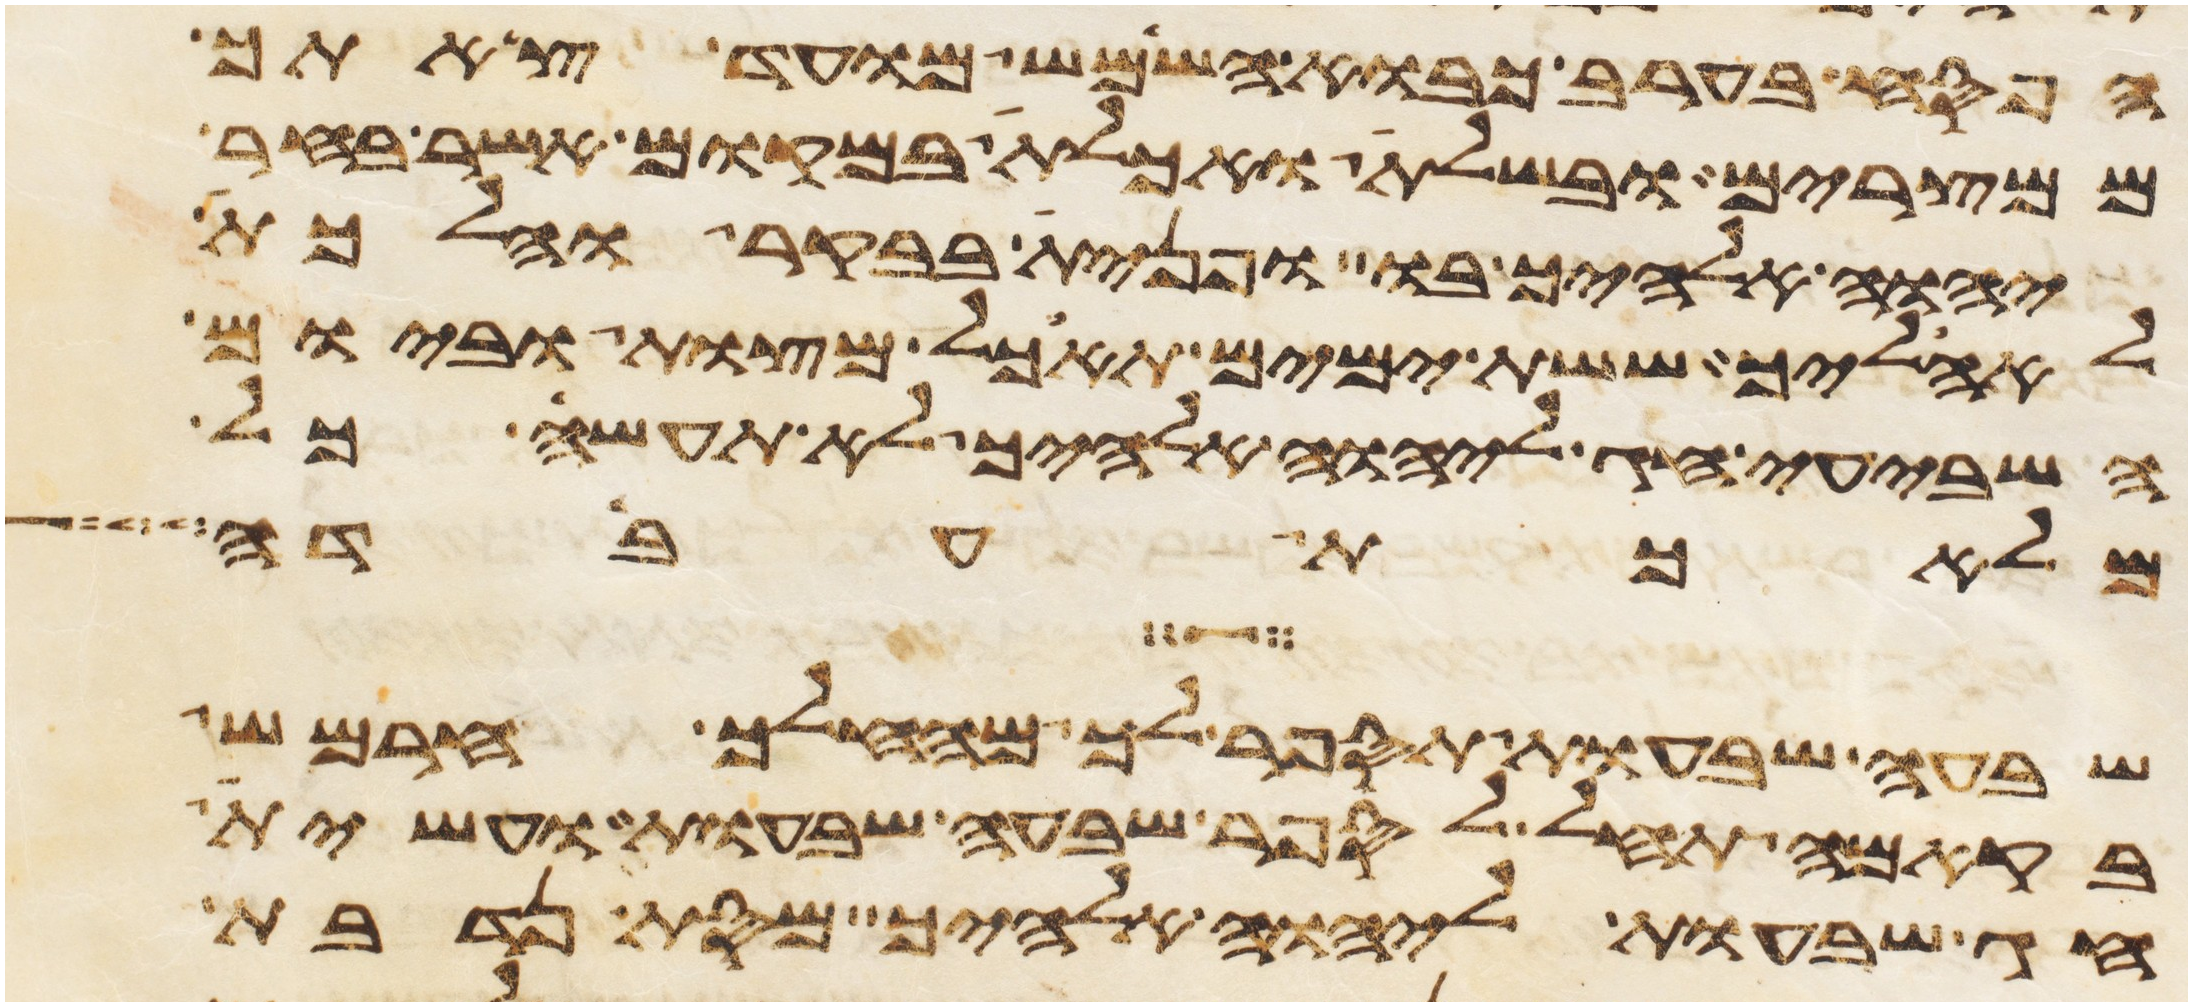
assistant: הפסח בערב כבוא השמש מועד צאתך
ממצרים ובשלת ואכלת במקום אשר בחר
יהוה אלהיך בו ופנית בבקר והלכת
לאהליך ששת ימים תאכל מצות וביום
השביעי חג ליהוה אלהיך לא תעשה כל
מלאכת עבדה
שבעה שבעות תספר לך מהחלך חרמש
בקמה תחל לספר שבעה שבעות ועשית
חג שבעות ליהוה אלהיך מסת נדבת